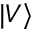
| V \rangle